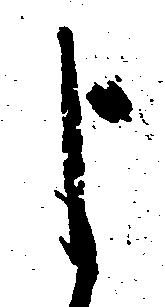
よ